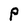
Character: P